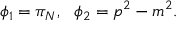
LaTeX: \phi _ { 1 } = \pi _ { N } , \: \: \: \phi _ { 2 } = p ^ { 2 } - m ^ { 2 } .